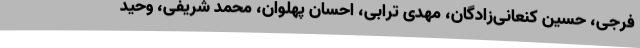
فرجی، حسین کنعانی‌زادگان، مهدی ترابی، احسان پهلوان، محمد شریفی، وحید